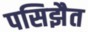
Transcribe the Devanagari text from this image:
पसिझैत